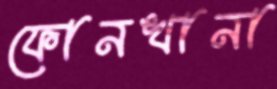
ফোনখানা